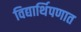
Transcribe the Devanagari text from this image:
विद्यार्थिपणात